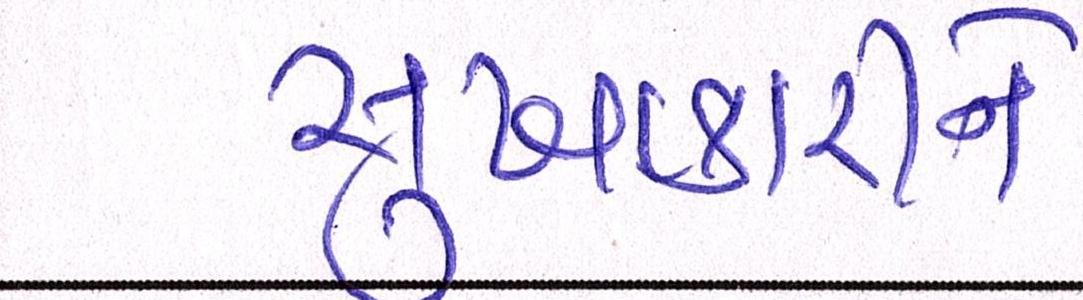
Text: સુખાકારીને